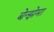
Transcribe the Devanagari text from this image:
बेन्झेमा